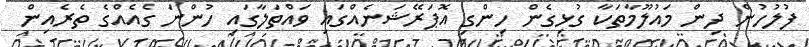
ފުލުހުން ދިން މައުލޫމާތަކާ ގުޅިގެން ހިންގި އޮޕަރޭޝަނެއްގައި ވައްތަލާގައި ހުންނަ ގެއެއްގެ ތެރެއިން